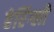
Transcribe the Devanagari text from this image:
हेरिंग्ली